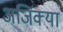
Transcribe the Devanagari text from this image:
अजिंक्या